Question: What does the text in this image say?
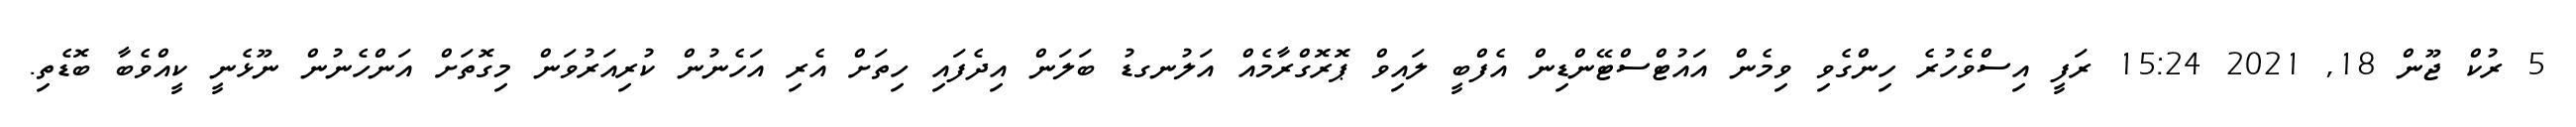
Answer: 5 ރުކް ޖޫން 18, 2021 15:24 ރަފީ އިސްވެހުރެ ހިންގެވި ވިމެން އައުޓްސްޓޭންޑިން އެފްބީ ލައިވް ޕޮރޮގްރާމެއް އަލުނގޑު ބަލަން އިދެފައި ހިތަށް އެރި އަހެނުން ކުރިއަރުވަން މިގޮތަށް އަންހެނުން ނޫޅެނީ ކީއްވެބާ ބޮޑެތި.